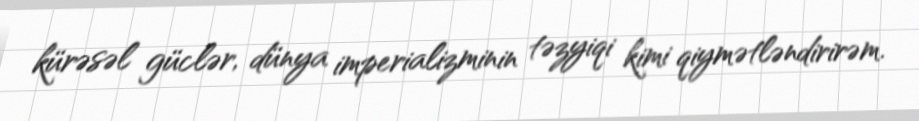
kürəsəl güclər, dünya imperializminin təzyiqi kimi qiymətləndirirəm.